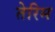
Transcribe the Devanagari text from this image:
तेरिम